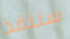
سننقذ